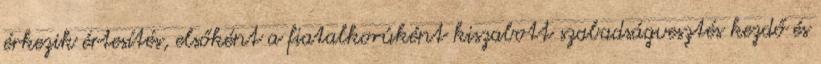
érkezik értesítés, elsőként a fiatalkorúként kiszabott szabadságvesztés kezdő és